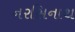
નરસિનાથ